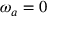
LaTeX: \omega _ { a } = 0